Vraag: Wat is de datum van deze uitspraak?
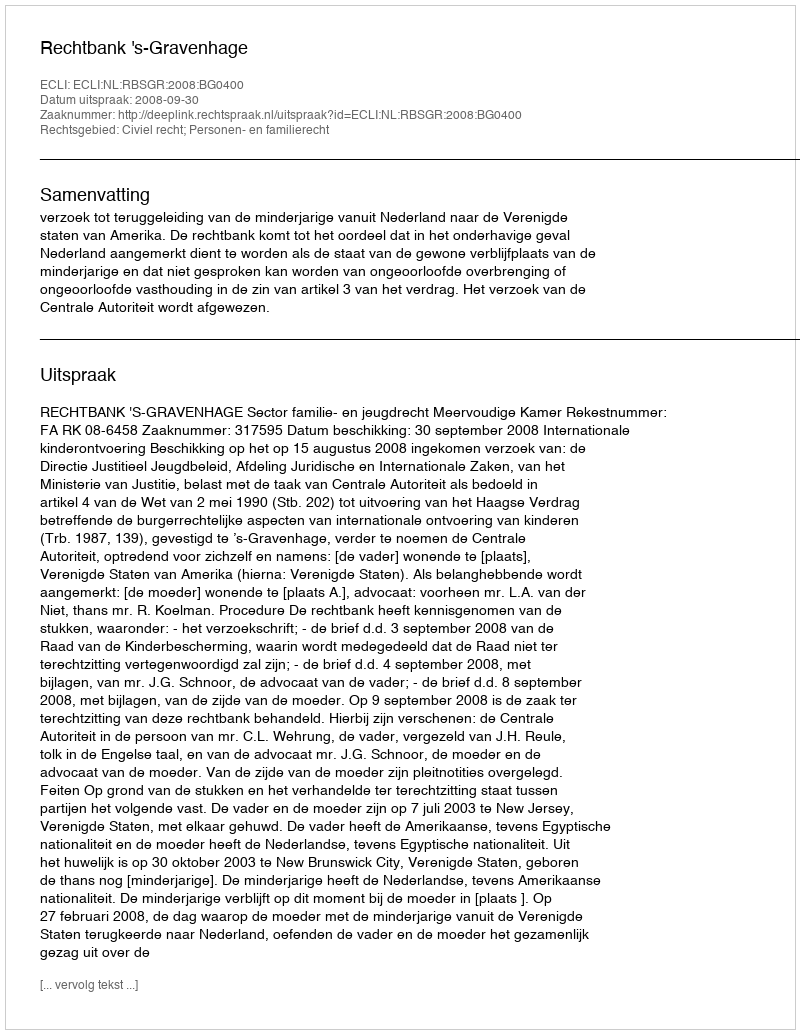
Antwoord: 2008-09-30